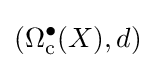
(\Omega _{\mathrm {c} }^{\bullet }(X),d)